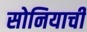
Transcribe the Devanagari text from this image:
सोनियाची